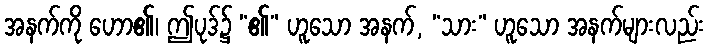
အနက်ကို ဟော၏၊ ဤပုဒ်၌ “၏” ဟူသော အနက်, “သား” ဟူသော အနက်များလည်း